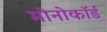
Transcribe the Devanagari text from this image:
मोनोकॉर्ड